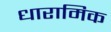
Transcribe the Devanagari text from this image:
धारामिक